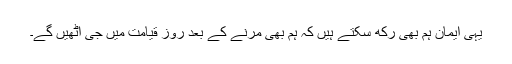
یہی ایمان ہم بھی رکھ سکتے ہیں کہ ہم بھی مرنے کے بعد روز قیامت میں جی اٹھیں گے۔